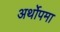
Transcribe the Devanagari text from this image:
अर्थोपमा